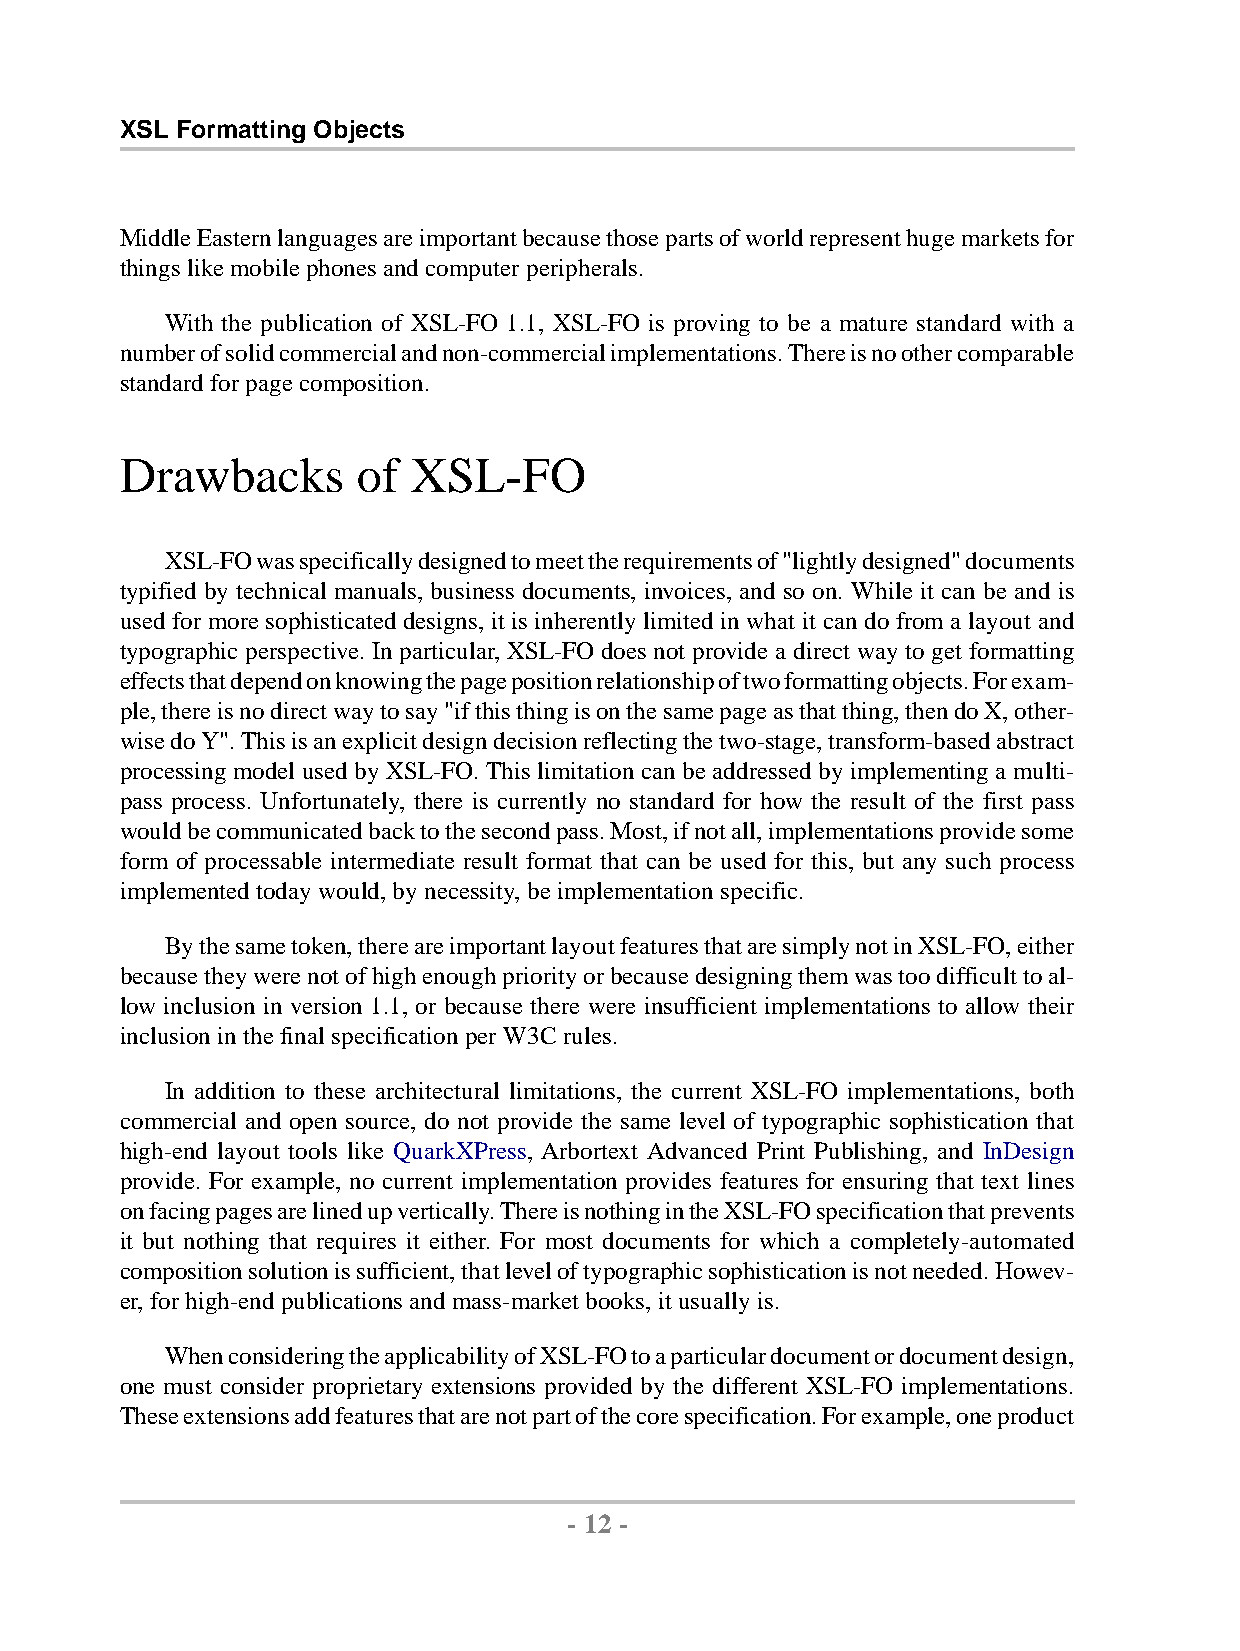
XSL Formatting Objects
 MiddleEasternlanguagesareimportantbecausethosepartsofworldrepresenthugemarketsfor
 thingslikemobilephonesandcomputerperipherals.
 With the publication of XSL-FO 1.1, XSL-FO is proving to be a mature standard with a
 numberofsolidcommercialandnon-commercialimplementations.Thereisnoothercomparable
 standardfor pagecomposition.
 Drawbacks       of XSL-FO
 XSL-FOwasspecificallydesignedtomeettherequirementsof"lightlydesigned"documents
 typified by technical manuals, business documents, invoices, and so on. While it can be and is
 used for more sophisticated designs, it is inherently limited in what it can do from a layout and
 typographic perspective. In particular, XSL-FO does not provide a direct way to get formatting
 effectsthatdependonknowingthepagepositionrelationshipoftwoformattingobjects.Forexam-
 ple,thereisnodirectwaytosay"ifthisthingisonthesamepageasthatthing,thendoX,other-
 wisedoY".Thisisanexplicitdesigndecisionreflectingthetwo-stage,transform-basedabstract
 processing model used by XSL-FO. This limitation can be addressed by implementing a multi-
 pass process. Unfortunately, there is currently no standard for how the result of the first pass
 wouldbecommunicatedbacktothesecondpass.Most,ifnotall,implementationsprovidesome
 form of processable intermediate result format that can be used for this, but any such process
 implementedtodaywould,bynecessity,be implementationspecific.
 Bythesametoken,thereareimportantlayoutfeaturesthataresimplynotinXSL-FO,either
 becausetheywerenotofhighenoughpriorityorbecausedesigningthemwastoodifficulttoal-
 low inclusion in version 1.1, or because there were insufficient implementations to allow their
 inclusioninthefinalspecificationper W3Crules.
 In addition to these architectural limitations, the current XSL-FO implementations, both
 commercial and open source, do not provide the same level of typographic sophistication that
 high-end layout tools like QuarkXPress, Arbortext Advanced Print Publishing, and InDesign
 provide. For example, no current implementation provides features for ensuring that text lines
 onfacingpagesarelinedupvertically.ThereisnothingintheXSL-FOspecificationthatprevents
 it but nothing that requires it either. For most documents for which a completely-automated
 compositionsolutionissufficient,thatleveloftypographicsophisticationisnotneeded.Howev-
 er,for high-endpublicationsandmass-marketbooks,itusuallyis.
 WhenconsideringtheapplicabilityofXSL-FOtoaparticulardocumentordocumentdesign,
 one must consider proprietary extensions provided by the different XSL-FO implementations.
 Theseextensionsaddfeaturesthatarenotpartofthecorespecification.Forexample,oneproduct
 - 12 -
 by,XMLtoPDFXSL-FOFormatter